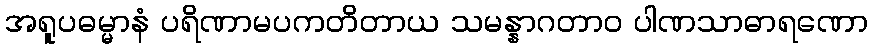
အရူပဓမ္မာနံ ပရိဏာမပကတိတာယ သမန္နာဂတာဝ ပါဏသာဓာရဏော